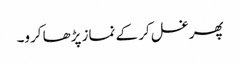
پھر غسل کر کے نماز پڑھا کرو۔